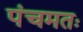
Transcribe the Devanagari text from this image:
पंचमतः